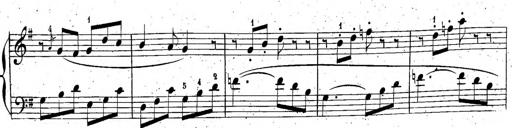
Title: 6 Sonatinen, Op.95
Composer: Ferdinand Hiller
Key: Various